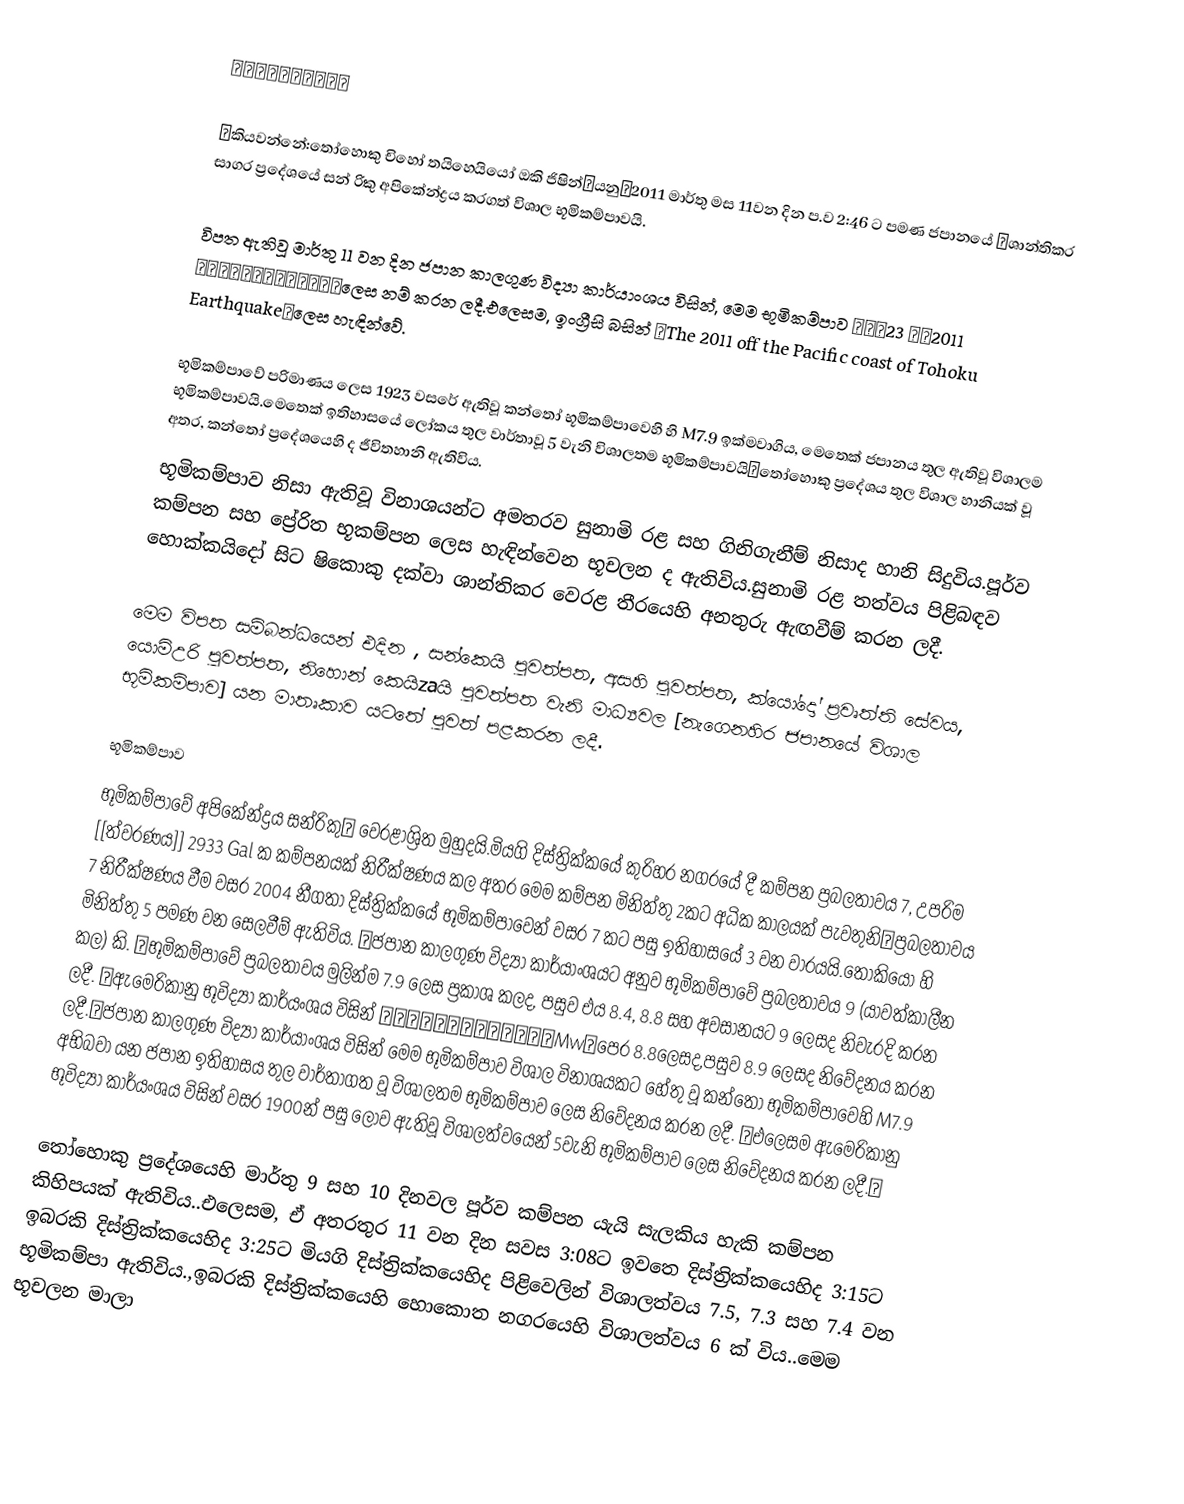
東北地方太平洋沖地震

（කියවන්නේ:තෝහොකු චිහෝ තයිහෙයියෝ ඔකි ජිෂින්）යනු、2011 මාර්තු මස 11වන දින ප.ව 2:46 ට පමණ ජපානයේ 、ශාන්තිකර සාගර ප්‍රදේශයේ සන්‍ රිකු  අපිකේන්ද්‍රය කරගත් විශාල භූමිකම්පාවයි.

විපත ඇතිවූ මාර්තු 11 වන දින ජපාන කාලගුණ විද්‍යා කාර්යාංශය විසින්, මෙම භූමිකම්පාව 「平成23 年（2011 年）東北地方太平洋沖地震」ලෙස නම් කරන ලදී.එලෙසම, ඉංග්‍රීසි බසින් 「The 2011 off the Pacific coast of Tohoku Earthquake」ලෙස හැඳින්වේ.

භූමිකම්පාවේ පරිමාණය ලෙස 1923 වසරේ ඇතිවූ කන්තෝ භූමිකම්පාවෙහි හි M7.9 ඉක්මවාගිය, මෙතෙක් ජපානය තුල ඇතිවූ විශාලම භූමිකම්පාවයි.මෙතෙක් ඉතිහාසයේ ලෝකය තුල වාර්තාවූ 5 වැනි විශාලතම භූමිකම්පාවයි。තෝහොකු ප්‍රදේශය තුල විශාල හානියක් වූ අතර, කන්තෝ ප්‍රදේශයෙහි ද ජීවිතහානි ඇතිවිය.
භූමිකම්පාව නිසා ඇතිවූ විනාශයන්ට අමතරව සුනාමි රළ සහ ගිනිගැනීම් නිසාද හානි සිදුවිය.පූර්ව කම්පන සහ ප්‍රේරිත භූකම්පන ලෙස හැඳින්වෙන භූචලන ද ඇතිවිය.සුනාමි රළ තත්වය පිළිබඳව හොක්කයිදෝ සිට ෂිකොකු දක්වා ශාන්තිකර වෙරළ තීරයෙහි අනතුරු ඇඟවීම් කරන ලදී.

මෙම විපත සම්බන්ධයෙන් එදින , සන්කෙයි පුවත්පත, අසහි පුවත්පත, ක්යෝදෝ ප්‍රවෘත්ති සේවය, යොමිඋරි පුවත්පත, නිහොන් කෙයිzaයි පුවත්පත වැනි මාධ්‍යවල [නැගෙනහිර ජපානයේ විශාල භූමිකම්පාව] යන මාතෘකාව යටතේ පුවත් පළකරන ලදී.

භූමිකම්පාව
භූමිකම්පාවේ අපිකේන්ද්‍රය සන්රිකු沖 වෙරළාශ්‍රිත මුහුදයි.මියගි දිස්ත්‍රික්කයේ කුරිහර නගරයේ දී කම්පන ප්‍රබලතාවය 7, උපරිම [[ත්වරණය]‍] 2933 Gal ක කම්පනයක් නිරීක්ෂණය කල අතර මෙම කම්පන මිනිත්තු 2කට අධික කාලයක් පැවතුනි。ප්‍රබලතාවය 7 නිරීක්ෂණය වීම වසර 2004 නීගතා දිස්ත්‍රික්කයේ භූමිකම්පාවෙන් වසර 7 කට පසු ඉතිහාසයේ 3 වන වාරයයි.තෝකියෝ  හි මිනිත්තු 5 පමණ වන සෙලවීම් ඇතිවිය. 。ජපාන කාලගුණ විද්‍යා කාර්යාංශයට අනුව භූමිකම්පාවේ ප්‍රබලතාවය 9 (යාවත්කාලීන කල) කි. 。භූමිකම්පාවේ ප්‍රබලතාවය මුලින්ම 7.9 ලෙස ප්‍රකාශ කලද, පසුව එය 8.4, 8.8 සහ අවසානයට 9 ලෙසද නිවැරදි කරන ලදී. 。ඇමෙරිකානු භූවිද්‍යා කාර්යංශය විසින් モーメントマグニチュード（Mw）පෙර 8.8ලෙසද,පසුව 8.9 ලෙසද නිවේදනය කරන ලදී.。ජපාන කාලගුණ විද්‍යා කාර්යාංශය විසින් මෙම භූමිකම්පාව විශාල විනාශයකට හේතු වූ කන්තෝ භූමිකම්පාවෙහි M7.9 අභිබවා යන ජපාන ඉතිහාසය තුල වාර්තාගත වූ විශාලතම භූමිකම්පාව ලෙස නිවේදනය කරන ලදී. 。එලෙසම ඇමෙරිකානු භූවිද්‍යා කාර්යංශය විසින් වසර 1900න් පසු ලොව ඇතිවූ විශාලත්වයෙන් 5වැනි භූමිකම්පාව ලෙස නිවේදනය කරන ලදී.。

තෝහොකු ප්‍රදේශයෙහි මාර්තු 9 සහ 10 දිනවල පූර්ව කම්පන යැයි සැලකිය හැකි කම්පන කිහිපයක් ඇතිවිය..එලෙසම, ඒ අතරතුර 11 වන දින සවස 3:08ට ඉවතෙ දිස්ත්‍රික්කයෙහිද 3:15ට ඉබරකි දිස්ත්‍රික්කයෙහිද 3:25ට  මියගි දිස්ත්‍රික්කයෙහිද පිළිවෙලින් විශාලත්වය 7.5, 7.3 සහ 7.4 වන භූමිකම්පා ඇතිවිය.,ඉබරකි දිස්ත්‍රික්කයෙහි හොකොත නගරයෙහි විශාලත්වය 6 ක් විය..මෙම භූචලන මාලා